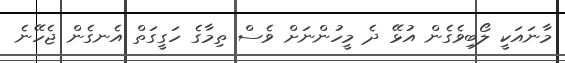
މާނައަކީ ލޯބިވެގެން އުޅޭ ދެ މީހުންނަށް ވެސް ތިމާގެ ހަގީގަތް އެނގެން ޖެހޭނެ